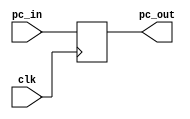
module PC (pc_in, clk, pc_out);
input [31:0] pc_in;
input clk;
output reg [31:0] pc_out;

initial begin
	#0 pc_out = 32'h0040_0000 - 4;
	end

always @(posedge clk) begin
	pc_out = pc_in;
	end

endmodule